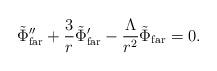
\begin{align*}\tilde \Phi_{\rm far}'' + {3 \over r} \tilde \Phi_{\rm far}' - {\Lambda \over r^2} \tilde \Phi_{\rm far}=0.\end{align*}